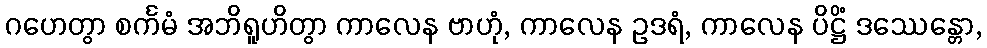
ဂဟေတွာ စင်္ကမံ အဘိရူဟိတွာ ကာလေန ဗာဟုံ, ကာလေန ဥဒရံ, ကာလေန ပိဋ္ဌိံ ဒဿေန္တော,